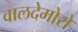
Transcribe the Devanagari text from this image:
वालदेमोरो